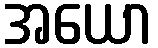
အယော